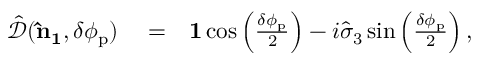
\begin{array} { r l r } { \hat { \mathcal { D } } ( { \bf \hat { n } _ { 1 } } , \delta \phi _ { \mathrm { p } } ) } & { { } = } & { { \bf 1 } \cos \left( \frac { \delta \phi _ { \mathrm { p } } } { 2 } \right) - i \hat { \sigma } _ { 3 } \sin \left( \frac { \delta \phi _ { \mathrm { p } } } { 2 } \right) , } \end{array}